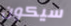
سيكون